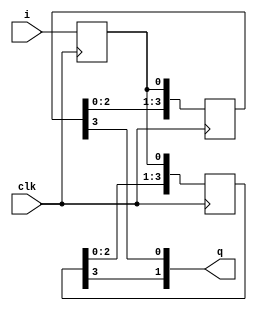
module shregmap_static_test(input i, clk, output [1:0] q);
reg head = 1'b0;
reg [3:0] shift1 = 4'b0000;
reg [3:0] shift2 = 4'b0000;
always @(posedge clk) begin
    head <= i;
    shift1 <= {shift1[2:0], head};
    shift2 <= {shift2[2:0], head};
end
assign q = {shift2[3], shift1[3]};
endmodule